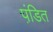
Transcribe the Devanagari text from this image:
पंडि़त